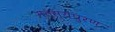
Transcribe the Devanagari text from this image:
मत्स्यपुरण